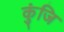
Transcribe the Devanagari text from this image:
कुंजि